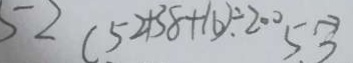
5 2 ( 5 2 + 3 8 + 1 6 ) \div 2 0 0 5 3